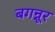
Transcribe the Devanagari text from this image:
बगन्नूर